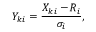
Y _ { k i } = \frac { X _ { k i } - R _ { i } } { \sigma _ { i } } ,